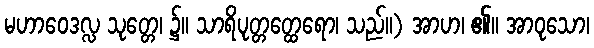
မဟာဝေဒလ္လ သုတ္တေ၊ ၌။ သာရိပုတ္တတ္ထေရော၊ သည်။) အာဟ၊ ၏။ အာဝုသော၊